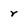
Character: r